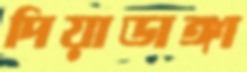
দিয়াডাঙ্গা